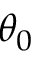
\theta _ { 0 }